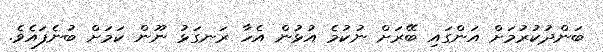
ބަންދުކުރުމަށް އަންގައި ބޭރަށް ނުކުމެ އުޅުން އެހާ ރަނގަޅު ނޫން ކަމަށް ބުނެފައެވެ.